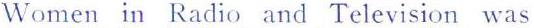
Women in Radio and Television was